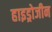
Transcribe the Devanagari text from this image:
हाइड्रोजीन